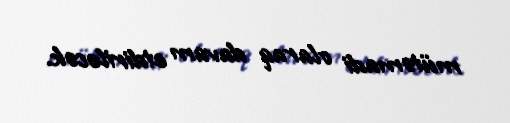
mütəmadi olaraq davam etdiriləcək.